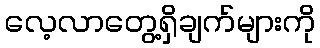
လေ့လာတွေ့ရှိချက်များကို